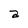
Character: a